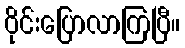
ဝိုင်းပြောလာကြပြီ။